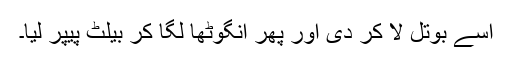
اسے بوتل لا کر دی اور پھر انگوٹھا لگا کر بیلٹ پیپر لیا۔